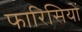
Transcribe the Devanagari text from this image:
फारिसियों